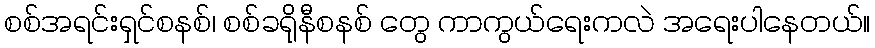
စစ်အရင်းရှင်စနစ်၊ စစ်ခရိုနီစနစ် တွေ ကာကွယ်ရေးကလဲ အရေးပါနေတယ်။